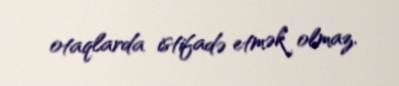
otaqlarda istifadə etmək olmaz.